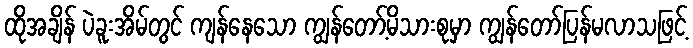
ထိုအချိန် ပဲခူးအိမ်တွင် ကျန်နေသော ကျွန်တော့်မိသားစုမှာ ကျွန်တော်ပြန်မလာသဖြင့်